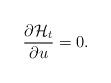
LaTeX: \begin{align*}\frac{\partial\mathcal{H}_t}{\partial u} = 0.\end{align*}